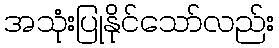
အသုံးပြုနိုင်သော်လည်း